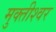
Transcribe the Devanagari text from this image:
मुक्तीश्वर